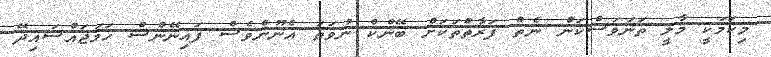
މިކަމަކީ މާލީ ތަނަވަސްކަން ނެތް ފަރާތްތަކަށް ބޭންކް ނުވަތަ އެނޫންވެސް ފައިނޭންސް ހަމަޖައްސައިދޭ